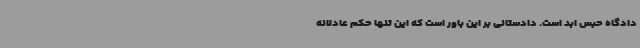
دادگاه حبس ابد است. دادستانی بر این باور است که این تنها حکم عادلانه